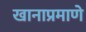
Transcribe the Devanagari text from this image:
खानाप्रमाणे